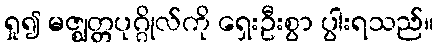
ရှု၍ မဇ္ဈတ္တပုဂ္ဂိုလ်ကို ရှေးဦးစွာ ပွါးရသည်။